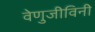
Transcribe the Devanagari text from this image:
वेणुजीविनी